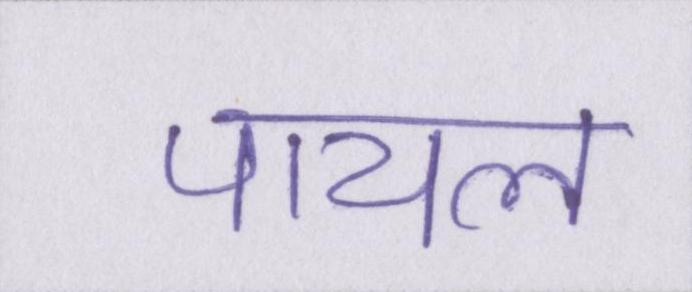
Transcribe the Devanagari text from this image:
पायल